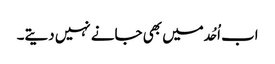
اب اُحُد میں بھی جانے نہیں دیتے۔